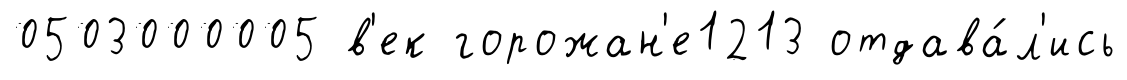
0503000005 в'ек горожан'е1213 отдава́л'ись